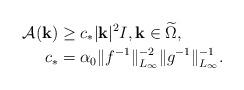
LaTeX: \begin{align*}\mathcal{A} (\mathbf{k}) &\ge c_* |\mathbf{k}|^2 I, \mathbf{k} \in \widetilde{\Omega},\\ c_* &= \alpha_0\|f^{-1} \|_{L_\infty}^{-2} \|g^{-1} \|_{L_\infty}^{-1} .\end{align*}